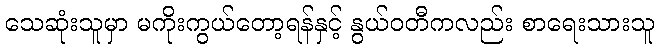
သေဆုံးသူမှာ မကိုးကွယ်တော့ရန်နှင့် နွယ်ဝတီကလည်း စာရေးသားသူ